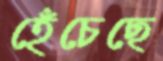
হেঁচেছে